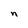
Character: n